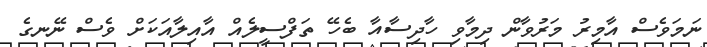
ނަމަވެސް އާމިރު މަރުވާން ދިމާވި ހާދިސާއާ ބެހޭ ތަފްސީލެއް އާއިލާއަކަށް ވެސް ނޭނގެ